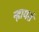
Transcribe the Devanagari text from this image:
न्हायतं